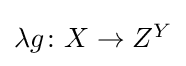
{\textstyle \lambda g\colon X\to Z^{Y}}